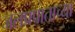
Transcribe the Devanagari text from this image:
जलप्रपाताच्या